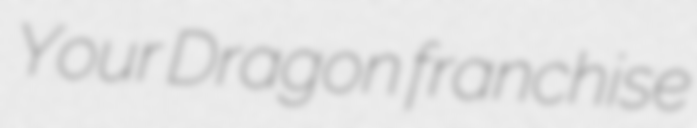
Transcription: Your Dragon franchise